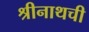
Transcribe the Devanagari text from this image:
श्रीनाथची